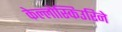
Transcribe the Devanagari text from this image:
केल्लोस्किउरिने